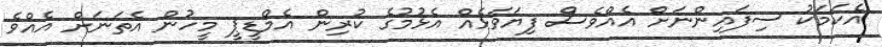
އެކަމަކު ސިފައިންނަށް އެއްވެސް ފިޔަވަޅެއް އެޅުމުގެ ކުރިން އެމްޑީޕީ މީހުން އެތަނަށް އެއްވެ